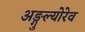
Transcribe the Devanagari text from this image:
अङ्गुल्योरेव